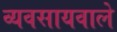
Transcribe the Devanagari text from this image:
व्यवसायवाले